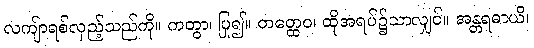
လကျ်ာရစ်လှည့်သည်ကို။ ကတွာ၊ ပြု၍။ တတ္ထေဝ၊ ထိုအရပ်၌သာလျှင်။ အန္တရဓာယိ၊